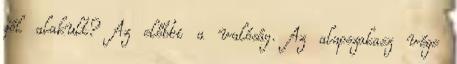
jól alakult? Az előbbi a valóság. Az alapszakasz vége